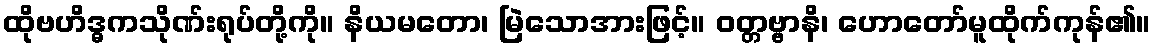
ထိုဗဟိဒ္ဓကသိုဏ်းရုပ်တို့ကို။ နိယမတော၊ မြဲသောအားဖြင့်။ ဝတ္တဗ္ဗာနိ၊ ဟောတော်မူထိုက်ကုန်၏။